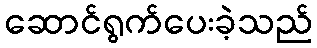
ဆောင်ရွက်ပေးခဲ့သည်